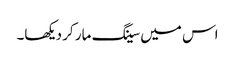
اس میں سینگ مار کر دیکھا۔